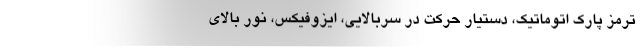
ترمز پارک اتوماتیک، دستیار حرکت در سربالایی، ایزوفیکس، نور بالای